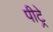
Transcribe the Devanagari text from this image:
पीट्रे